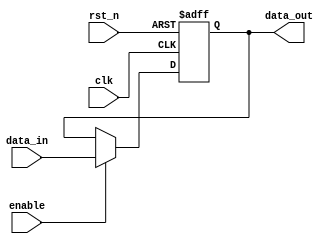
module ParameterizedRegister #(
    parameter WIDTH = 8  // Parameterized width of the register
)(
    input wire clk,         // Clock signal
    input wire rst_n,      // Asynchronous active-low reset signal
    input wire enable,      // Enable signal
    input wire [WIDTH-1:0] data_in,  // Data input
    output reg [WIDTH-1:0] data_out   // Data output
);

    // Always block for synchronous operation
    always @(posedge clk or negedge rst_n) begin
        if (!rst_n) begin
            data_out <= {WIDTH{1'b0}};  // Reset the register to zero
        end else if (enable) begin
            data_out <= data_in;        // Update the register with new data
        end
        // If enable is low, retain the previous value
    end

endmodule